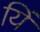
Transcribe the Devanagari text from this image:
यिं